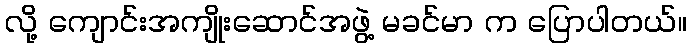
လို့ ကျောင်းအကျိုးဆောင်အဖွဲ့ မခင်မာ က ပြောပါတယ်။